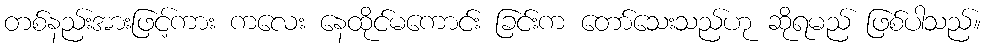
တစ်နည်းအားဖြင့်ကား ကလေး နေထိုင်မကောင်း ခြင်းက တော်သေးသည်ဟု ဆိုရမည် ဖြစ်ပါသည်။